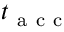
t _ { \mathrm { ~ a ~ c ~ c ~ } }